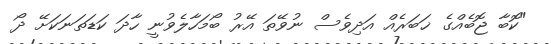
"ކޮބާ ޖޮބެއްގެ ޚަބަރެއް އަދިވެސް ނުވޭތަ އޭރު ބޯމަހާލެވުނީ ހާދަ ކަޑަތަނަކަށޭ ދޯ